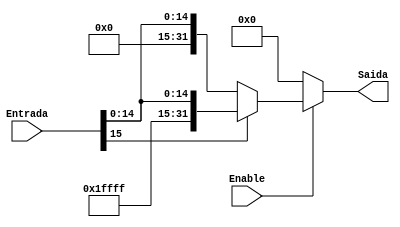
module extend (
	input  [15:0] Entrada,
	input Enable,
	output reg [31:0] Saida	
);

	always @(*) begin
		Saida = 32'd0;
		if(Enable) begin
			if(Entrada[15])
				Saida = {16'b1111111111111111, Entrada[15:0]};
			else
				Saida = {16'd0, Entrada[15:0]};
		end
	end	
endmodule